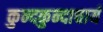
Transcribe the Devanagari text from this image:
कुन्दकुन्दाचार्य